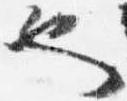
也